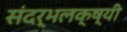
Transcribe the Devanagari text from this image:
संदर्भलक्ष्यी